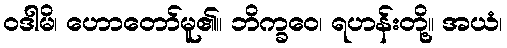
ဝဒါမိ၊ ဟောတော်မူ၏။ ဘိက္ခဝေ၊ ရဟန်းတို့။ အယံ၊